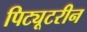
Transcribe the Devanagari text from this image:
पिट्यूटरीन